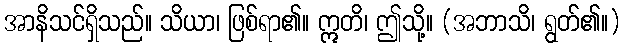
အာနိသင်ရှိသည်။ သိယာ၊ ဖြစ်ရာ၏။ ဣတိ၊ ဤသို့။ (အဘာသိ၊ ရွတ်၏။)